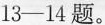
13-14题。